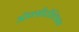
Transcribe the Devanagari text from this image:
ऑक्सीटॉक्सिन